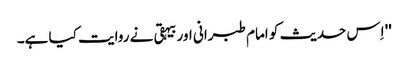
'' اِس حدیث کو امام طبرانی اور بیہقی نے روایت کیا ہے۔